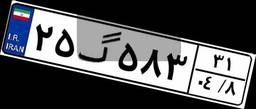
۲۵گ۵۸۳۳۱